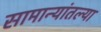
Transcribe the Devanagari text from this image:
सामान्यांतल्या